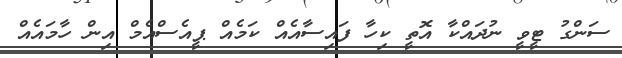
ސަންގު ޓީވީ ނުދައްކާ އޮތީ ކިހާ ފައިސާއެއް ކަމެއް ޕީއެސްއެމް އިން ހާމައެއް